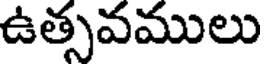
ఉత్సవములు